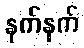
နက်နက်